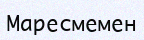
Маресмемен